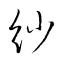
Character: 紗